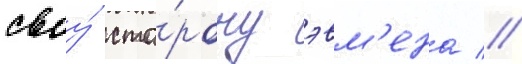
своу́ сто́рону эвм'ена //